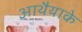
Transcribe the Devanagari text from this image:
आथैयाके